Report on vaccination proceedings throughout the Government of Bengal -
Year: 1868
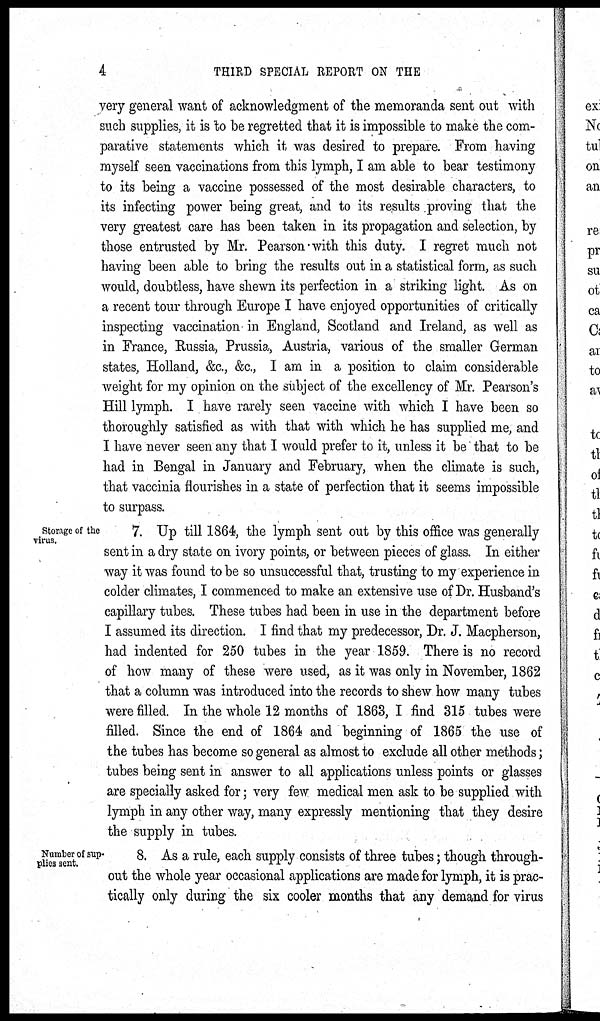
4
THIRD SPECIAL REPORT ON THE
very general want of acknowledgment of the memoranda sent out with
such supplies, it is to be regretted that it is impossible to make the com-
parative statements which it was desired to prepare. From having
myself seen vaccinations from this lymph, I am able to bear testimony
to its being a vaccine possessed of the most desirable characters, to
its infecting power being great, and to its results proving that the
very greatest care has been taken in its propagation and selection, by
those entrusted by Mr. Pearson with this duty. I regret much not
having been able to bring the results out in a statistical form, as such
would, doubtless, have shewn its perfection in a striking light. As on
a recent tour through Europe I have enjoyed opportunities of critically
inspecting vaccination in England, Scotland and Ireland, as well as
in France, Russia, Prussia, Austria, various of the smaller German
states, Holland, &c., &c., I am in a position to claim considerable
weight for my opinion on the subject of the excellency of Mr. Pearson's
Hill lymph. I have rarely seen vaccine with which I have been so
thoroughly satisfied as with that with which he has supplied me, and
I have never seen any that I would prefer to it, unless it be that to be
had in Bengal in January and February, when the climate is such,
that vaccinia flourishes in a state of perfection that it seems impossible
to surpass.
Storage of the
virus.
7. Up till 1864, the lymph sent out by this office was generally
sent in a dry state on ivory points, or between pieces of glass. In either
way it was found to be so unsuccessful that, trusting to my experience in
colder climates, I commenced to make an extensive use of Dr. Husband's
capillary tubes. These tubes had been in use in the department before
I assumed its direction. I find that my predecessor, Dr. J. Macpherson,
had indented for 250 tubes in the year 1859. There is no record
of how many of these were used, as it was only in November, 1862
that a column was introduced into the records to shew how many tubes
were filled. In the whole 12 months of 1863, I find 315 tubes were
filled. Since the end of 1864 and beginning of 1865 the use of
the tubes has become so general as almost to exclude all other methods;
tubes being sent in answer to all applications unless points or glasses
are specially asked for ; very few medical men ask to be supplied with
lymph in any other way, many expressly mentioning that they desire
the supply in tubes.
Number of sup-
plies sent.
8. As a rule, each supply consists of three tubes ; though through-
out the whole year occasional applications are made for lymph, it is prac-
tically only during the six cooler months that any demand for virus